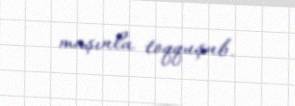
maşınla toqquşub.